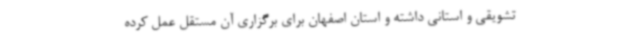
تشویقی و استانی داشته و استان‌ اصفهان برای برگزاری آن مستقل عمل کرده‌